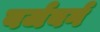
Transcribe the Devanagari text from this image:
वर्जबर्ग